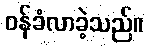
ဝန်ခံလာခဲ့သည်။